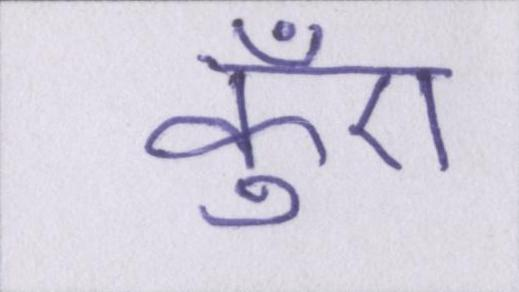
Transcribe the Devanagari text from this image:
कुँए